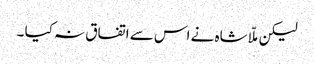
لیکن ملّا شاہ نے اس سے اتفاق نہ کیا ۔